Vaccination North-Western Provinces and Oudh 1896-1901 - 1896-1901
Year: 1896
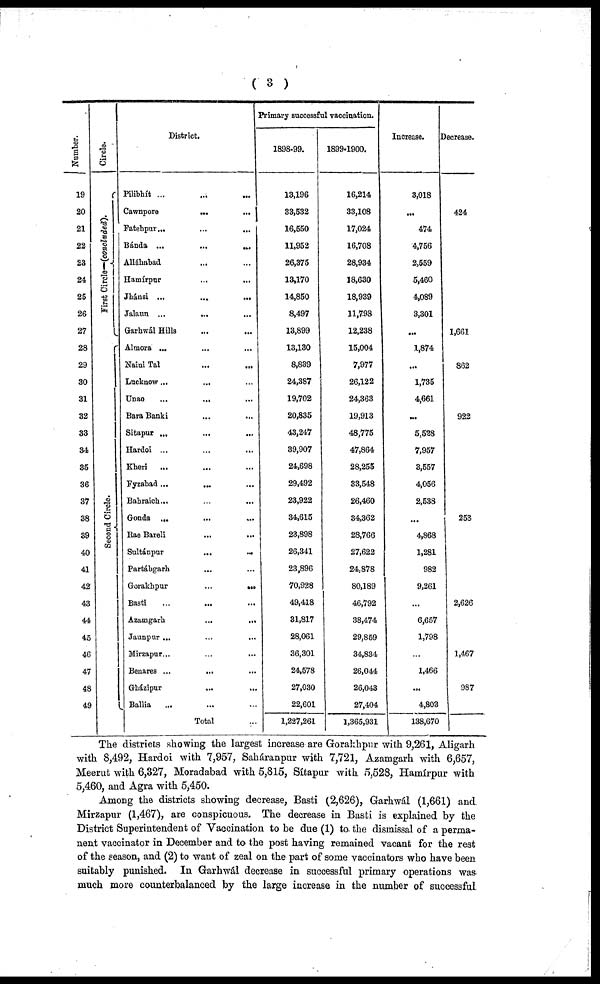
( 3 )
Number.
19
20
21
22
23
24
25
26
27
28
29
30
31
32
33
34
35
36
37
38
39
40
41
42
43
44
45
46
47
48
49
Circle.
First Circle—(concluded).
Second Circle.
District.
Pilibhít ... ... ...
Cawnpore
...
...
Fatehpur
...
...
...
Bánda
...
...
...
Alláhabad ... ...
Hamírpur ... ...
Jhánsi
...
...
...
Jalaun
...
...
...
Garhwál Hills
...
...
Almora ... ... ...
Nani Tal ... ...
Lncknow ... ... ...
Unao
...
...
...
Bara Banki ... ...
Sitapur ... ... ...
Hardoi ... ... ...
Kheri ... ... ...
Fyzabad ... ... ...
Bahraich ... ... ...
Gonda
...
...
...
Rae Bareli
...
...
Sultánpur
...
...
Partábgarh ... ...
Gorakhpur ... ...
Basti ... ... ...
Azamgarh
...
...
Jaunpur ... ... ...
Mirzapur ... ... ...
Benares
...
...
...
Gházipur ... ...
Ballia
... ... ...
Total ...
Primary successful vaccination.
1898-99.
13,196
33,532
16,550
11,952
26,375
13,170
14,850
8,497
13,899
13,130
8,839
24,387
19,702
20,835
43,247
39,907
24,698
29,492
23,922
34,615
23,898
26,341
23,896
70,928
49,418
31,817
28,061
36,301
24,578
27,030
22,601
1,227,261
1899-1900.
16,214
33,108
17,024
16,708
28,934
18,630
18,939
11,798
12,238
15,004
7,977
26,122
24,363
19,913
48,775
47,864
28,255
33,548
26,460
34,362
28,766
27,622
24,878
80,189
46,792
38,474
29,859
34,834
26,044
26,043
27,404
1,365,931
Increase.
3,018
...
474
4,756
2,559
6,460
4,089
3,301
...
1,874
...
1,735
4,661
...
5,528
7,957
3,557
4,056
2,538
...
4,868
1,281
982
9,261
...
6,657
1,798
...
1,466
...
4,803
138,670
Decrease.
424
1,661
862
922
253
2,626
1,467
987
The districts showing the largest increase are Gorakhpur with 9,261, Aligarh
with 8,492, Hardoi with 7,957, Saháranpur with 7,721, Azamgarh with 6,657,
Meerut with 6,327, Moradabad with 5,815, Sítapur with 5,528, Hamírpur with
5,460, and Agra with 5,450.
Among the districts showing decrease, Basti (2,626), Garhwál (1,661) and.
Mirzapur (1,467), are conspicuous. The decrease in Basti is explained by the
District Superintendent of Vaccination to be due (1) to the dismissal of a perma-
nent vaccinator in December and to the post having remained vacant for the rest
of the season, and (2) to want of zeal on the part of some vaccinators who have been
suitably punished. In Garhwál decrease in successful primary operations was
much more counterbalanced by the large increase in the number of successful